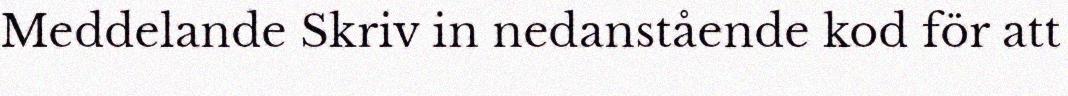
Meddelande Skriv in nedanstående kod för att